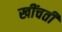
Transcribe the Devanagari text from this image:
खींचतीं